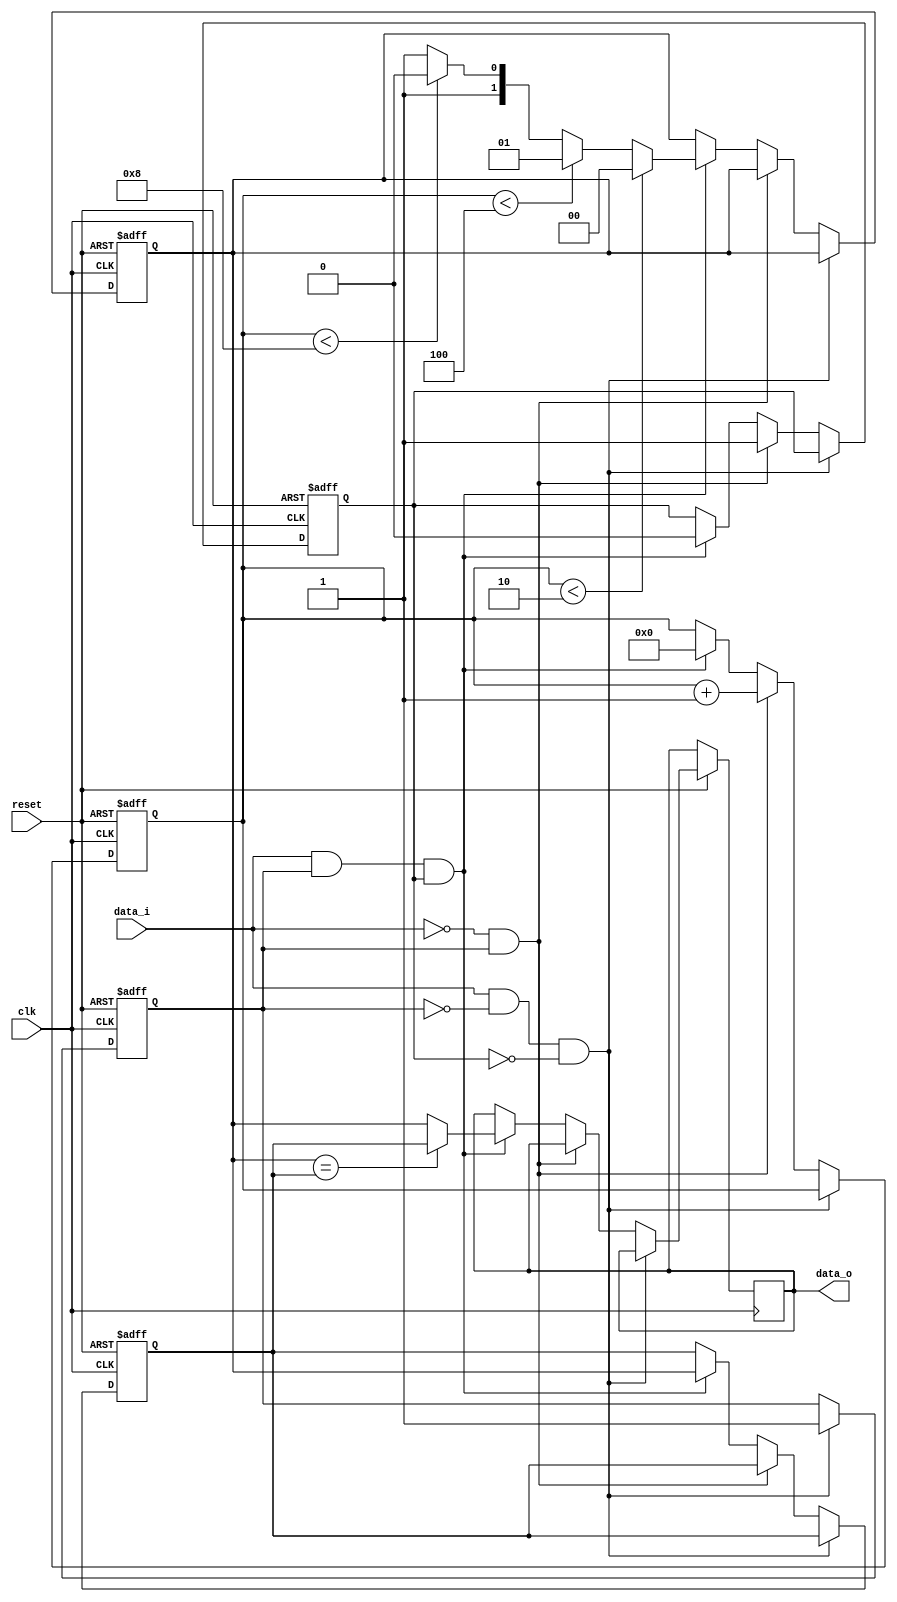
module demodulator(
    input clk,
    input reset,
    input data_i,
    output reg [1:0] data_o
    );
    
    //Your code here
    reg         	count_1; //1period
    reg             count_2;
	reg [6:0] 		clk_count;
    reg [1:0]       temp;
    reg [1:0]       temp_1;
    
    always @(posedge clk or negedge reset) 
    begin
		if (~reset) //1
        begin
			count_1 <= 1'b0;
			count_2 <= 1'b0;
            clk_count <= 6'b0;
            temp    <= 2'b00;
            temp_1  <= 2'b01;
		end 
        else if (data_i == 1'b1 && count_1 == 1'b0 && count_2 == 1'b0)
        begin
                count_1 <= 1'b1;
        end
        else if (data_i == 1'b0 && count_1 == 1'b1)
        begin
                count_2 <= 1;
                clk_count <= clk_count + 6'b1;
        end
        else if (data_i == 1'b1 && count_1 == 1'b1 && count_2 == 1'b1)
        begin
            count_2 <= 1'b0;
            temp_1  <=  (clk_count < 6'd2)?2'b00:
                        (clk_count < 6'd4)?2'b01:
                        (clk_count < 6'd8)?2'b10:2'b11;
            data_o <= (temp_1 == temp)?temp:temp_1;
            temp <= temp_1;
            clk_count <= 6'b0;
        end
	end
    
    
    
endmodule